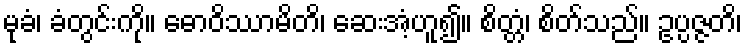
မုခံ၊ ခံတွင်းကို။ ဓောဝိဿာမိတိ၊ ဆေးအံ့ဟူ၍။ စိတ္တံ၊ စိတ်သည်။ ဥပ္ပဇ္ဇတိ၊